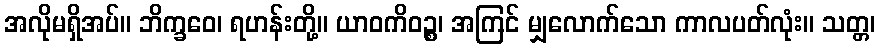
အလိုမရှိအပ်။ ဘိက္ခဝေ၊ ရဟန်းတို့။ ယာဝကိဝဉ္စ၊ အကြင် မျှလောက်သော ကာလပတ်လုံး။ သတ္တ၊